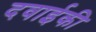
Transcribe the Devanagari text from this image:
दवाईकी